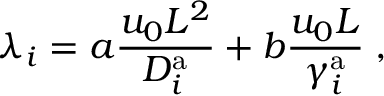
\lambda _ { i } = a \frac { u _ { 0 } L ^ { 2 } } { D _ { i } ^ { \mathrm { a } } } + b \frac { u _ { 0 } L } { \gamma _ { i } ^ { \mathrm { a } } } \; ,